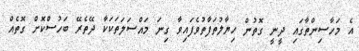
އެ މަހާސިންތާގައި ދީނީ ގޮތުން ހިޔާލުތަފާތުވެފައިވާ ގިނަ މައްސަލަތަކަކާ ދޭތެރޭ ބަހުސްކޮށް ގޮތެއް